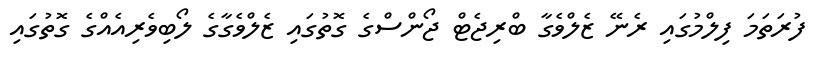
ފުރަތަމަ ފިލްމުގައި ރެނޭ ޒެލްވެގާ ބްރިޖެޓް ޖޯންސްގެ ގޮތުގައި ޒެލްވެގާގެ ލޯބިވެރިއެއްގެ ގޮތުގައި